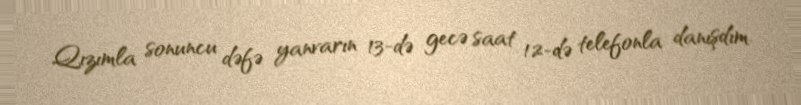
Qızımla sonuncu dəfə yanvarın 13-də gecə saat 12-də telefonla danışdım.